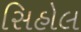
સિહોલ